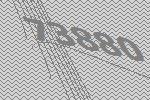
73880